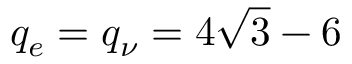
q _ { e } = q _ { \nu } = 4 \sqrt { 3 } - 6